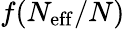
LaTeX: f(N_{\mathrm{eff}}/N)